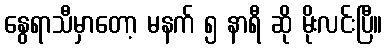
နွေရာသီမှာတော့ မနက် ၅ နာရီ ဆို မိုးလင်းပြီ။